Civil Veterinary Department. Madras. Admin. report 1926-33 - 1926-1933
Year: 1926
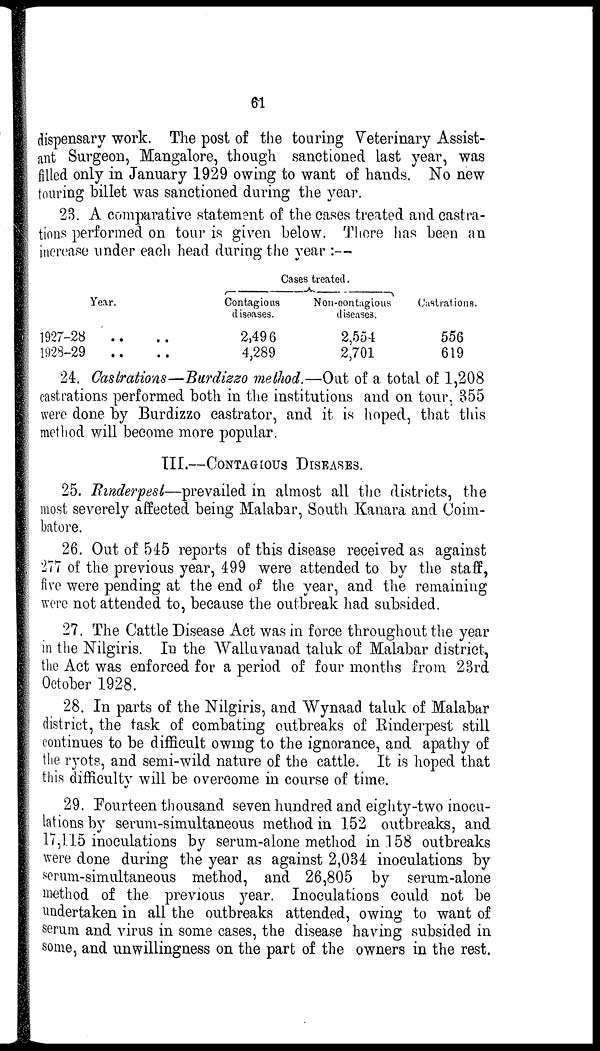
61
dispensary work. The post of the touring Veterinary Assist-
ant Surgeon, Mangalore, though sanctioned last year, was
filled only in January 1929 owing to want of hands. No new
touring billet was sanctioned during the year.
23. A comparative statement of the cases treated and castra-
tions performed on tour is given below. There has been an
increase under each head during the year :—
Year.
1927-28 .. ..
1928-29 .. ..
Cases treated.
Contagious
diseases.
2,496
4,289
Non-contagious
diseases.
2,554
2,701
Castrations.
556
619
24. Castrations—Burdizzo method.—Out of a total of 1,208
castrations performed both in the institutions and on tour, 355
were done by Burdizzo castrator, and it is hoped, that this
method will become more popular.
III.—CONTAGIOUS DISEASES.
25. Rinderpest—prevailed in almost all the districts, the
most severely affected being Malabar, South Kanara and Coim-
batore.
26. Out of 515 reports of this disease received as against
277 of the previous year, 199 were attended to by the staff,
five were pending at the end of the year, and the remaining
were not attended to, because the outbreak had subsided.
27. The Cattle Disease Act was in force throughout the year
in the Nilgiris. In the Walluvanad taluk of Malabar district,
the Act was enforced for a period of four months from 23rd
October 1928.
28. In parts of the Nilgiris, and Wynaad taluk of Malabar
district, the task of combating outbreaks of Rinderpest still
continues to be difficult owing to the ignorance, and apathy of
the ryots, and semi-wild nature of the cattle. It is hoped that
this difficulty will be overcome in course of time.
29. Fourteen thousand seven hundred and eighty-two inocu-
lations by serum-simultaneous method in 152 outbreaks, and
17,115 inoculations by serum-alone method in 158 outbreaks
were done during the year as against 2,031 inoculations by
serum-simultaneous method, and 26,805 by serum-alone
method of the previous year. Inoculations could not be
undertaken in all the outbreaks attended, owing to want of
serum and virus in some cases, the disease having subsided in
some, and unwillingness on the part of the owners in the rest.